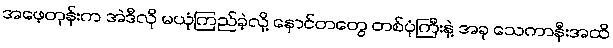
အဖေ့တုန်းက အဲဒီလို မယုံကြည်ခဲ့လို့ နောင်တတွေ တစ်ပုံကြီးနဲ့ အခု သေကာနီးအထိ